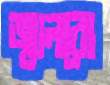
জ্বালবো